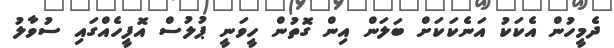
ދެމީހުން އެކަކު އަނެކަކަށް ބަލަން އިން ގޮތުން ހީވަނީ ޕުލުސް އޮފީހެއްގައި ސުވާލު